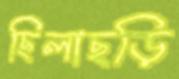
ছিলাছড়ি